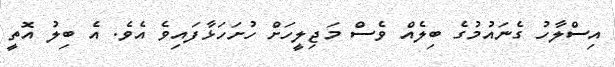
އިސްލާހު ގެނައުމުގެ ބިލެއް ވެސް މަޖިލީހަށް ހުށަހަޅާފައިވެ އެވެ. އެ ބިލު އޮތީ